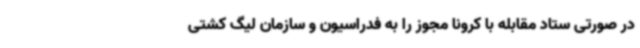
در صورتی ستاد مقابله با کرونا مجوز را به فدراسیون و سازمان لیگ کشتی